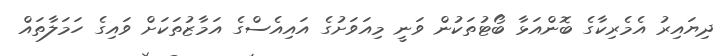
ދިޔައިރު އެމެރިކާގެ ބޮންއަޅާ ބޯޓުތަކުން ވަނީ މިއަވަށުގެ އައިއެސްގެ އަމާޒުތަކަށް ވައިގެ ހަމަލާތައް